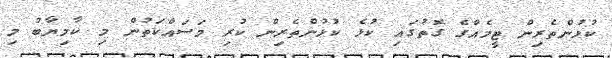
ކުޅުންތެރިން ޓީމެއްގެ ގޮތުގައި ކުޅެ ކުޅުންތެރިން ކުރި މަސައްކަތުން މި ކާމިޔާބު މި